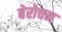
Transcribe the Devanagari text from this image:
बेरोचन